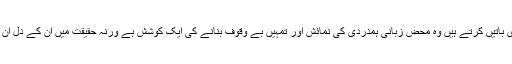
ملاقاتوں میں یہ جو چکنی چپڑی باتیں کرتے ہیں وہ محض زبانی ہمدردی کی نمائش اور تمہیں بے وقوف بنانے کی ایک کوشش ہے ورنہ حقیقت میں ان کے دل ان کی زبان سے ہم آہنگ نہیں ہیں۔